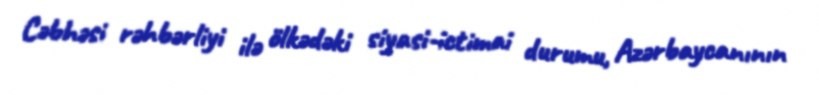
Cəbhəsi rəhbərliyi ilə ölkədəki siyasi-ictimai durumu, Azərbaycanının